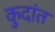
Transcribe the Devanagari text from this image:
कुदांत